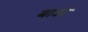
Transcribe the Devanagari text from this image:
बाउर